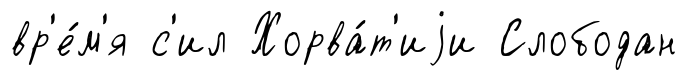
вр'е́м'я с'ил Хорва́т'иjи Слободан